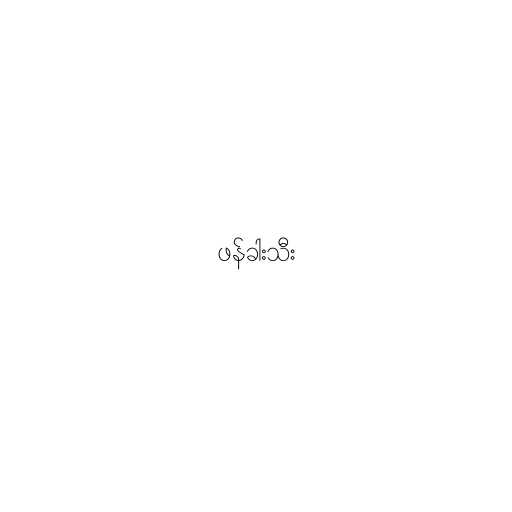
ဖန်ခါးသီး